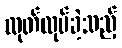
ထုတ်လုပ်ခဲ့သည့်